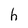
Character: h